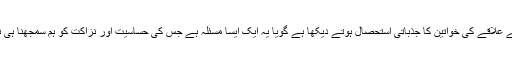
میں نے اپنے علاقے کی خواتین کا جذباتی استحصال ہوتے دیکھا ہے گویا یہ ایک ایسا مسئلہ ہے جس کی حساسیت اور نزاکت کو ہم سمجھنا ہی نہیں چاہتے۔